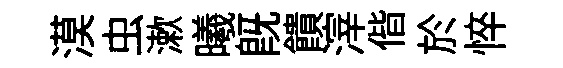
漠虫漱曦旣饋滓偕於悴